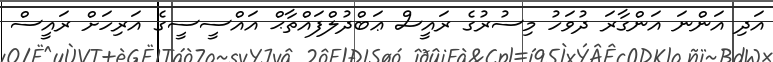
އަދި އަންނަ އަންގާރަ ދުވަހު މިސުރުގެ ރައީސް ޢަބްދުލްފައްތާޙް އައްސީސީގެ އަރިހަށް ރައީސް